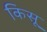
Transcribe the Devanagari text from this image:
किसू